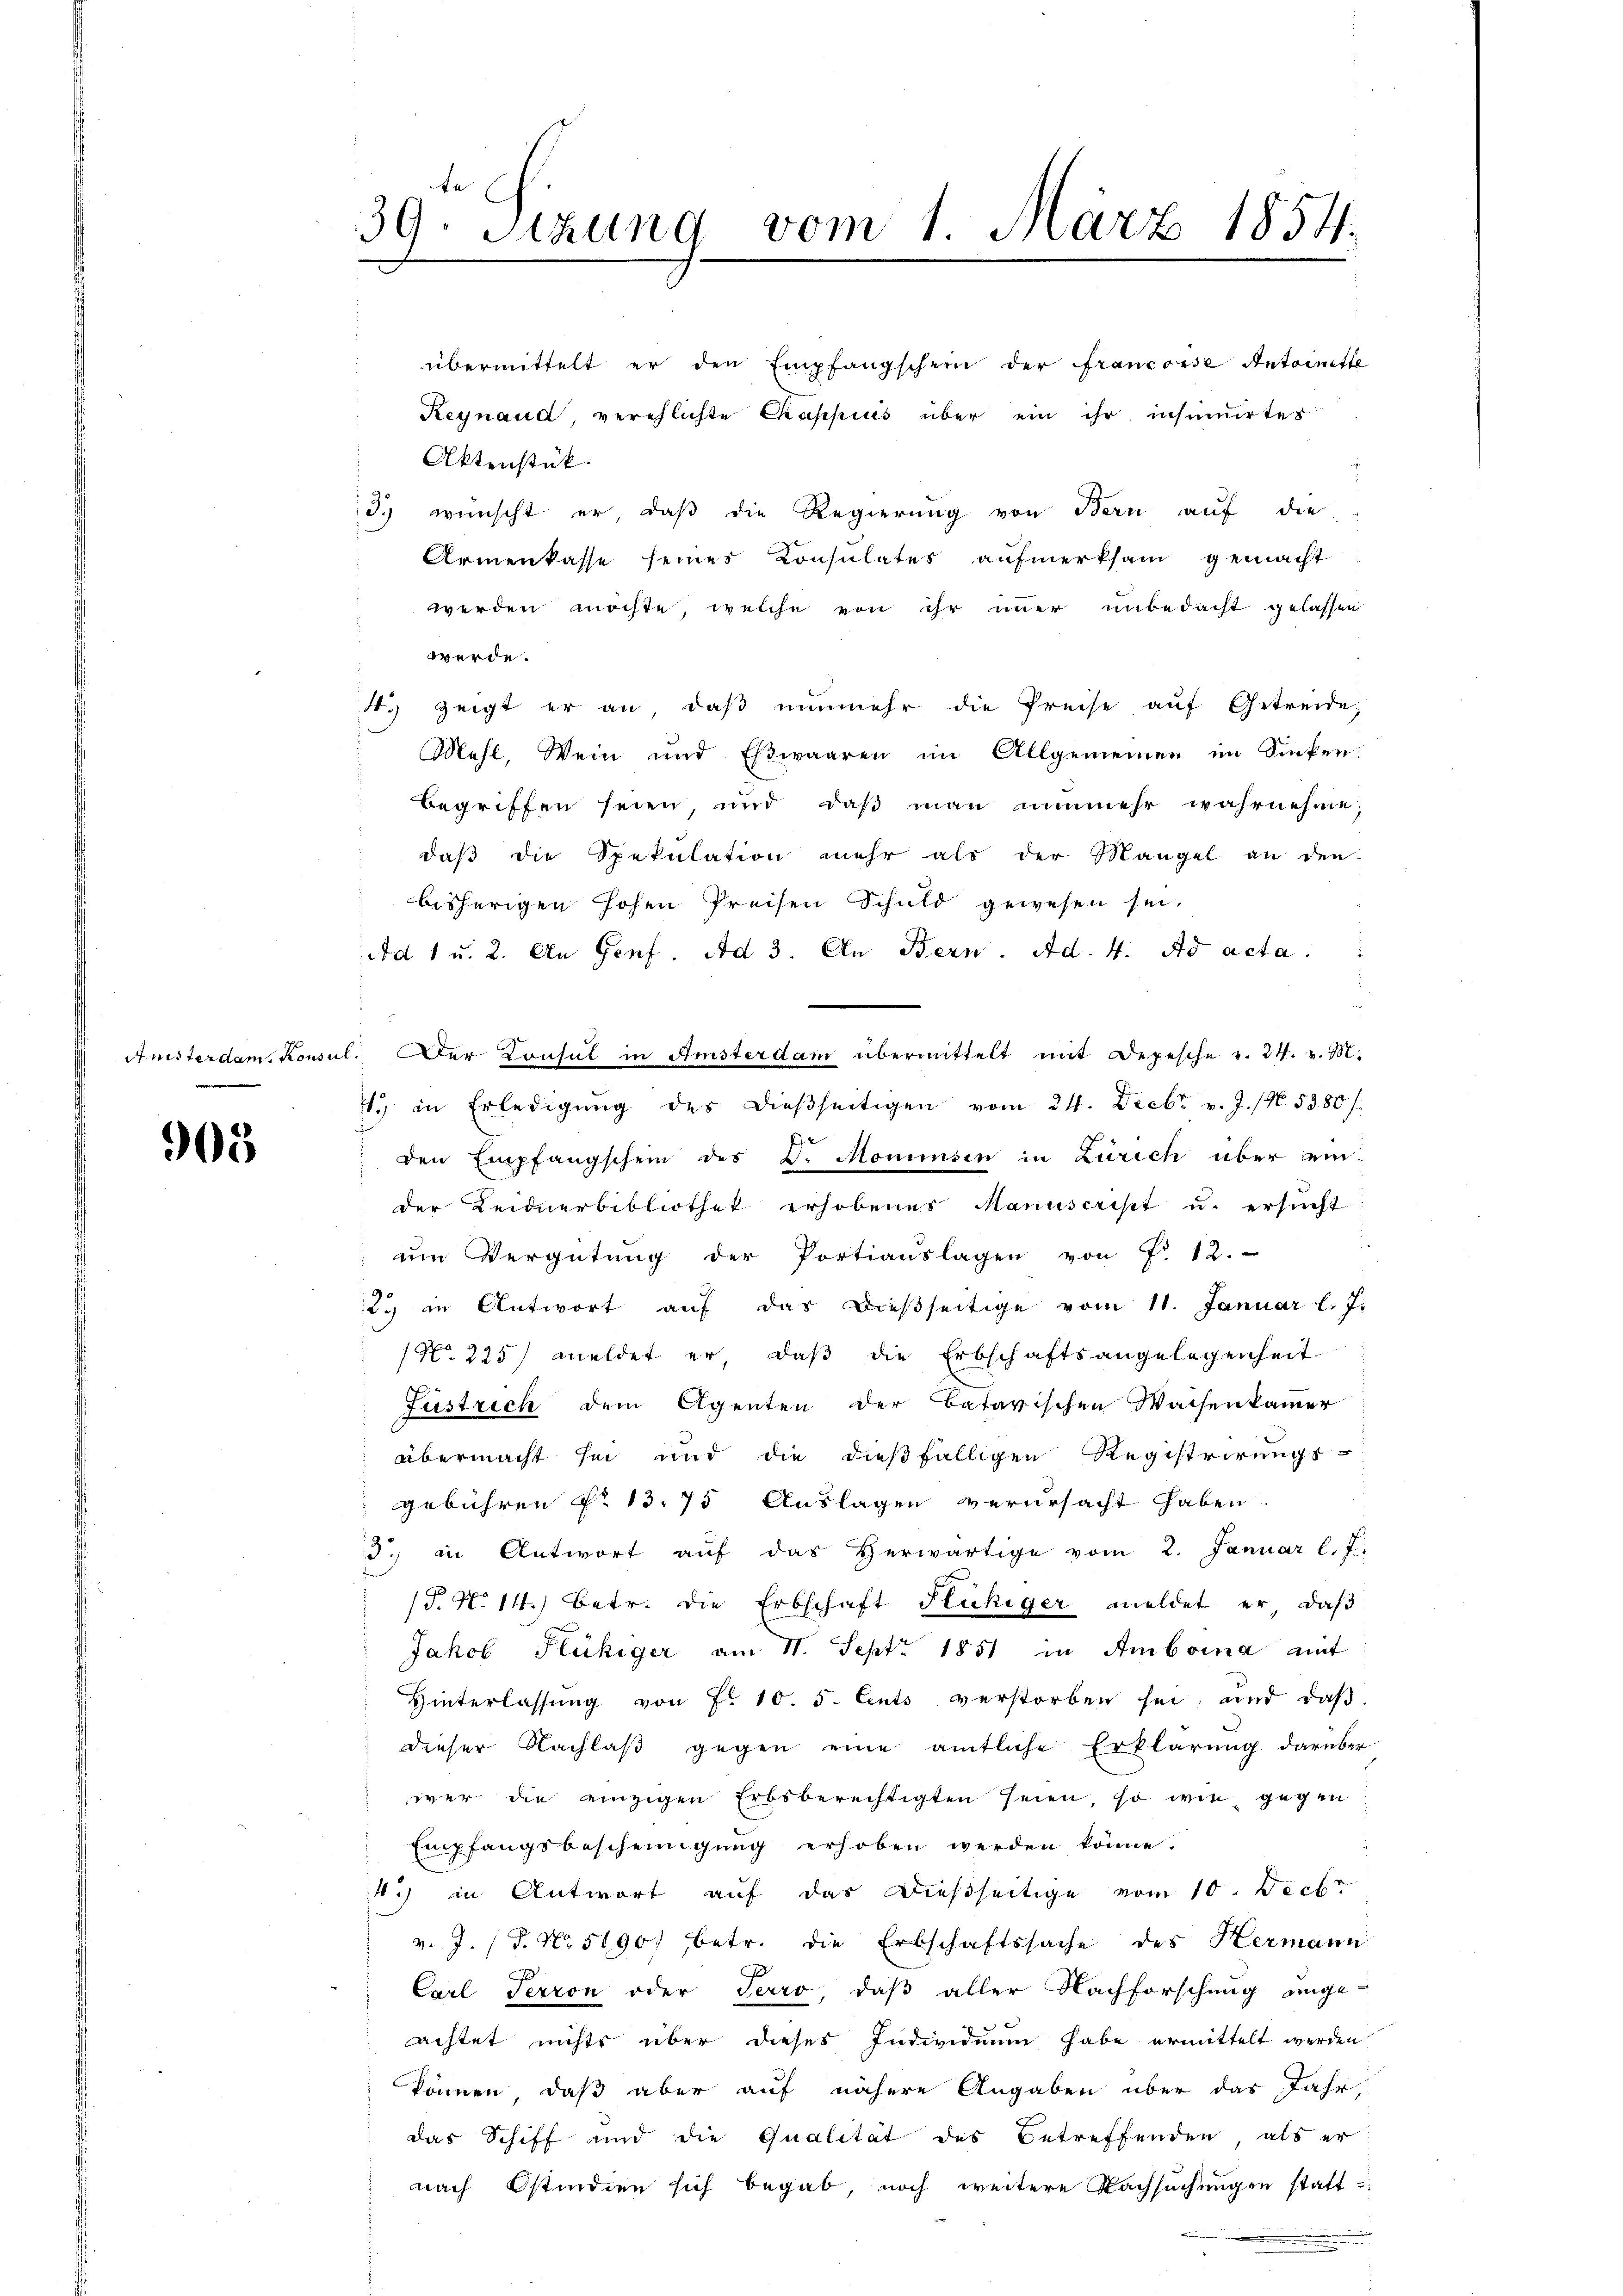
Amisterdam. Konsu

905

39. Sizung vom 1. März 1854.

übermittelt er den Empfangschein der francoise Antoinette
Reynaud, verehlichte Chappius über ein ihr insumirtes
Aktenstük.
3. wünscht er, daβ die Regierung von Bern aŭf die
Armenkasse seines Consulates aufmerksam gemacht
werden möchte, welche von ihr immer unbedacht gelassen
werde.
. zeigt er an, daβ nŭnmehr die Preise aŭf Getreide,
Mehl, Wein und Esswaaren im Allgemeinen im Sinken-
begriffen seien, und daß man nunmehr wahrnehme,
daβ die Spekulation mehr als der Mangel an den
bisherigen hohen Preisen Schuld gewesen sei.
Ad 1 u. 2. An Genf. Ad 3. An Bern. Ad. 4. Ad acta.
l. Der Consul in Amsterdam übermittelt mit Depesche v. 24. v. M.
1. in Erledigŭng des dieβseitigen vom 24. Decbr v. J. (N. 5380/
den Empfangschein des K. Mommsen in Zürich über einder Leidnerbibliothet erhobenes Manuscrist u. ersucht
ŭm Vergütung der Portiauslagen von Fr. 12.
23 in Antwort aŭf das dieβseitige vom 11. Januar l. J.
No 225) meldet er, daß die Erbschaftsangelegenheit
Füstrich dem Agenten der Batavischen Waisenkammer
übermacht sei und die dießfälligen Registrirungs-
gebühren No 13. 75 Auslagen verursacht haben.
3. in Antwort aŭf das Verwärtige vom 2. Januar l. J.
 (T. N. 14.) Betr. die Erbschaft Flückiger meldet er, daß
Jakob Flückiger am 11. Sept. 1851 in Amboina amt
Hinterlassŭng von Fr. 10. 5. Cents verstorben sei, und daβ
dieser Nachlaß gegen eine amtliche Erklärung darüber
wer die einzigen Erbsberechtigten seien so wie gegen
Empfangsbescheinigung erhoben werden könne.
4) in Antwort auf das dießseitige vom 10. Deck
v. J. (T. No 5190) betr. die Erbschaftssache des Hermann
P
A
Carl Terron oder Terro, daß aller Nachforschung ange-
achtet nichts über dieses Individuum habe ermittelt werden
können, daß aber auf nähere Angaben über das Jahr,
das Schiff und die Qualität des Betreffenden, als er
nach Ostindien sich begab, noch weitere Nachsuchungen statt-